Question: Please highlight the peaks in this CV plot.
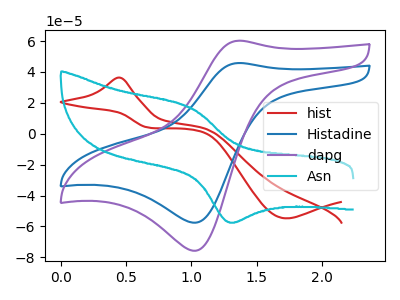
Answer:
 <answer>The red curve "hist" has an anodic peak at (0.45V, 36.35uA) and a cathodic peak at (1.70V, -54.80uA). The blue curve "Histadine" has an anodic peak at (1.35V, 45.80uA) and a cathodic peak at (1.05V, -57.60uA). The purple curve "dapg" has an anodic peak at (1.35V, 60.20uA) and a cathodic peak at (1.05V, -75.75uA). The cyan curve "Asn" has an anodic peak at (1.00V, 17.20uA) and a cathodic peak at (1.30V, -57.20uA).</answer>
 <eval></eval>